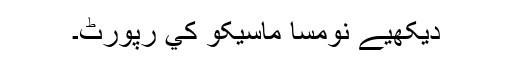
دیکھیے نومسا ماسيکو کي رپورٹ۔